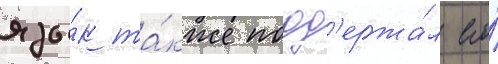
язы́к та́кже подд'ержа́л его́